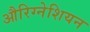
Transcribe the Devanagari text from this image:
औरिग्नेशियन